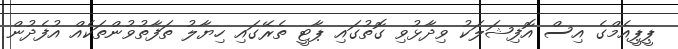
ޕީޕީއެމްގެ އިސް އޮފިޝަލަކު ވިދާޅުވި ގޮތުގައި ޕާޓީ ތެރޭގައި ހިޔާލު ތަފާތުވުންތަކެއް އުފެދުން